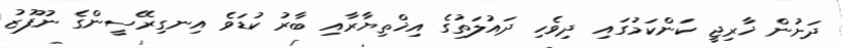
ދަށުން ޚާރިޖީ ކަންކަމުގައި ދިވެހި ދައުލަތުގެ އިޚްތިޔާރާއި ބާރު ކުޑަވެ އިނގިރޭސީންގެ ނުފޫޒު